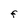
Character: F